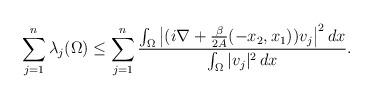
LaTeX: \begin{align*} \sum_{j=1}^n \lambda_j(\Omega) \leq \sum_{j=1}^n \frac{\int_\Omega \big| (i\nabla + \frac{\beta}{2A}(-x_2,x_1))v_j \big|^2 \, dx}{\int_\Omega |v_j|^2 \, dx} .\end{align*}